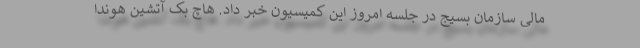
مالی سازمان بسیج در جلسه امروز این کمیسیون خبر داد. هاچ بک آتشین هوندا